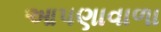
આપણાવાળા